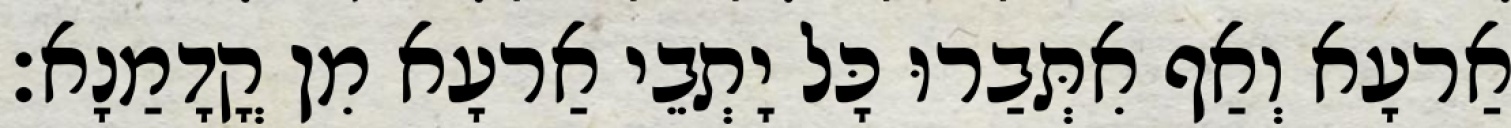
אַרעָא וְאַף אִתְּבַרוּ כָּל יָתְבֵי אַרעָא מִן קֳדָמַנָא׃